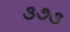
૩૭૩